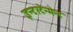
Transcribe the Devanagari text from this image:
इन्टरटेन्मेन्ट